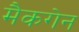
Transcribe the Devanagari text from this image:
मैकगेन